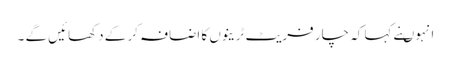
انہوںنے کہا کہ چار فریٹ ٹرینوں کا اضافہ کر کے دکھائیں گے ۔